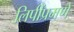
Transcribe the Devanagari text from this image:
लिपींप्रमणे